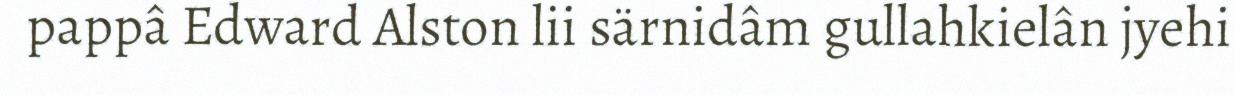
pappâ Edward Alston lii särnidâm gullahkielân jyehi